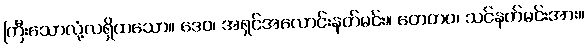
ကြီးသောလုံ့လရှိထသော။ ဒေဝ၊ အရှင်အလောင်းနတ်မင်း။ တေတဝ၊ သင်နတ်မင်းအား။